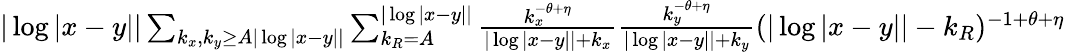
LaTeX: \begin{array}{r}{|\log|x-y||\sum_{k_{x},k_{y}\geq A|\log|x-y||}\sum_{k_{R}=A}^{|\log|x-y||}\frac{k_{x}^{-\theta+\eta}}{|\log|x-y||+k_{x}}\frac{k_{y}^{-\theta+\eta}}{|\log|x-y||+k_{y}}(|\log|x-y||-k_{R})^{-1+\theta+\eta}}\end{array}